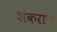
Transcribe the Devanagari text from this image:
शंकराच॓